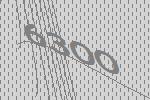
6300